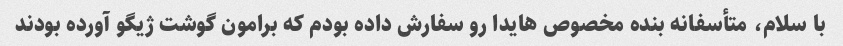
با سلام، متأسفانه بنده مخصوص هایدا رو سفارش داده بودم که برامون گوشت ژیگو آورده بودند